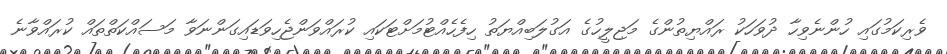
ވެރިކަމުގައި ހުންނެވިހާ ދުވަހަކު ރައްޔިތުންގެ މަޖިލީހުގެ އަގުލަބިއްޔަތު ހިފެހެއްޓުމަށްޓަކައި ކުރައްވަންޖެހިވަޑައިގަންނަވާ މަސައްކަތްތައް ކުރައްވާނެ